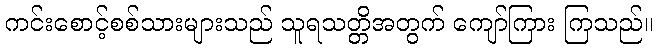
ကင်းစောင့်စစ်သားများသည် သူရသတ္တိအတွက် ကျော်ကြား ကြသည်။